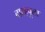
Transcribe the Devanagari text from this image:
बारहपुला